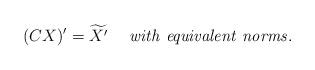
LaTeX: \begin{align*} (CX)^{\prime} = \widetilde{X^{\prime}} ~~~~ {\it with ~equivalent ~norms.}\end{align*}